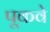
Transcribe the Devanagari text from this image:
पूकवे